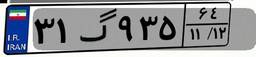
۳۱گ۹۳۵۶۴